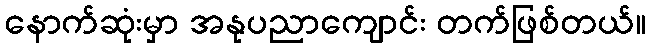
နောက်ဆုံးမှာ အနုပညာကျောင်း တက်ဖြစ်တယ်။